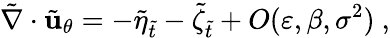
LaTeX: \tilde{\nabla}\cdot\tilde{\mathbf{u}}_{\theta}=-\tilde{\eta}_{\tilde{t}}-\tilde{\zeta}_{\tilde{t}}+O(\varepsilon,\beta,\sigma^{2})\ ,